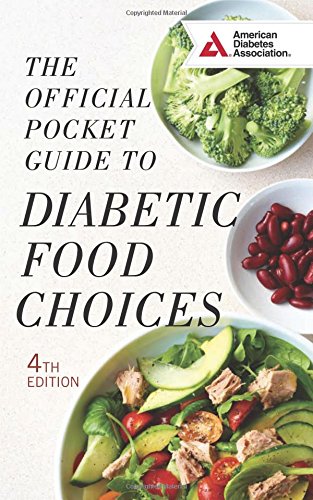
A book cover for The Official Pocket Guide to Diabetic Food Choices; American Diabetes Association ADA; Health, Fitness & Dieting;